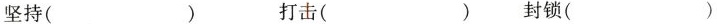
坚持（）打击（）封锁（）